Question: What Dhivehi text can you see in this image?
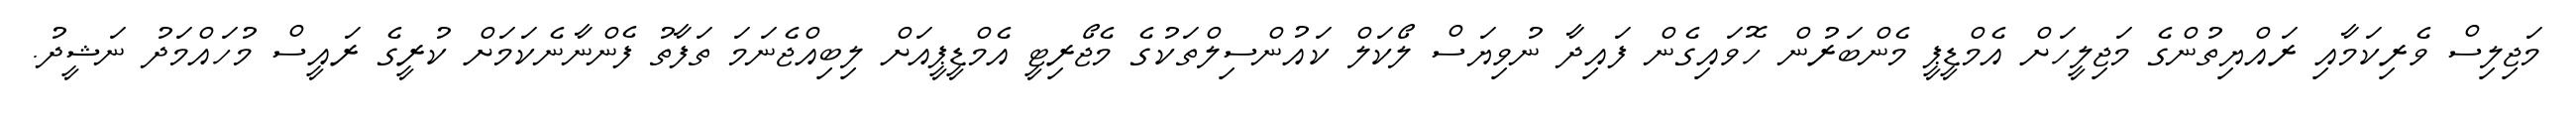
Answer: މަޖިލިސް ވެރިކަމާއި ރައްޔިތުންގެ މަޖިލީހަށް އެމްޑީޕީ މެންބަރުން ހޮވައިގެން ފައިދާ ނުވިޔަސް ލޯކަލް ކައުންސިލްތަކުގެ މެޖޯރިޓީ އެމްޑީޕީއަށް ލިބިއްޖެނަމަ ތަފާތު ފެންނާނެކަމަށް ކުރީގެ ރައީސް މުހައްމަދު ނަޝީދު.